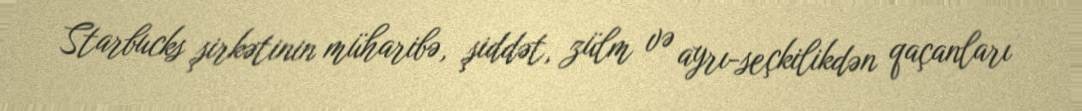
Starbucks şirkətinin müharibə, şiddət, zülm və ayrı-seçkilikdən qaçanları